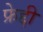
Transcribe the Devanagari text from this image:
फ्रेद्दी